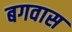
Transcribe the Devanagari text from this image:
बगवास